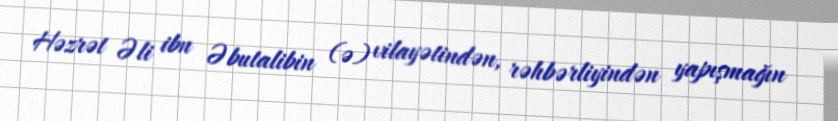
Həzrət Əli ibn Əbutalibin (ə) vilayətindən, rəhbərliyindən yapışmağın